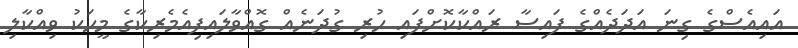
އައިއެސްގެ ގިނަ އަދަދެއްގެ ފައިސާ ރައްކާކޮށްފައި ހުރި ގުދަނެއް ގޮއްވާލައިފިއެމެރިކާގެ މީީހަކު ވިއްކާލި